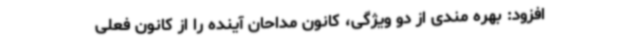
افزود: بهره مندی از دو ویژگی، کانون مداحان آینده را از کانون فعلی